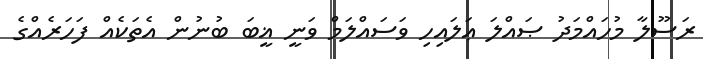
ރަސޫލާ މުހައްމަދު ޞައްލަ ޢަލައިހި ވަސައްލަމް ވަނީ ޣީބަ ބުނުން އެތަކެއް ފަހަރެއްގެ